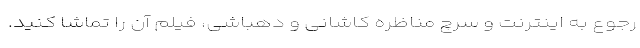
رجوع به اینترنت و سرچ مناظره کاشانی و دهباشی، فیلم آن را تماشا کنید.